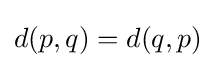
d(p,q)=d(q,p)